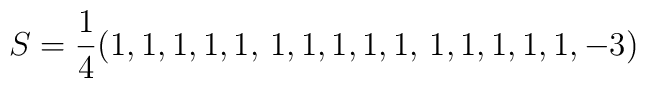
S=\frac 14(1,1,1,1,1,\, 1,1,1,1,1,\, 1,1,1,1,1,-3)